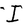
Character: I